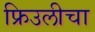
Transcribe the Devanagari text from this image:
फ्रिउलीचा